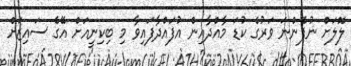
ލޮލަށް ނުފެންނަ ވަރުގެ ކުޑަ މާއްދާއިން އުފައްދާފައިވާ މި ބިކިނީއަށް އޭގެ ސައިޒަށް